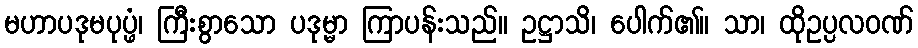
မဟာပဒုမပုပ္ဖံ၊ ကြီးစွာသော ပဒုမ္မာ ကြာပန်းသည်။ ဥဋ္ဌာသိ၊ ပေါက်၏။ သာ၊ ထိုဥပ္ပလဝဏ်